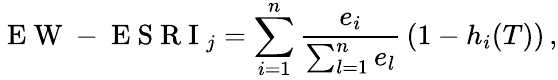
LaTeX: \mathrm{~E~W~-~E~S~R~I~}_{j}=\sum_{i=1}^{n}{\frac{e_{i}}{\sum_{l=1}^{n}{e_{l}}}}\left(1-h_{i}(T)\right)\, ,